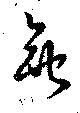
無